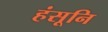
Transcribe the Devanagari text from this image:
हंसूनि